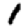
Digit: 1